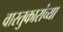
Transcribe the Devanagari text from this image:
वास्तुकारांच्या